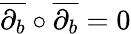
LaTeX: {\overline{{\partial_{b}}}}\circ{\overline{{\partial_{b}}}}=0